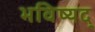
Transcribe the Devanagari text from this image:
भविष्यद्